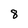
Character: 8